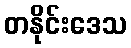
တနိုင်းဒေသ